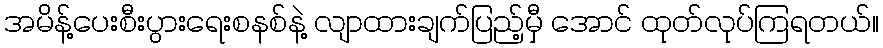
အမိန့်ပေးစီးပွားရေးစနစ်နဲ့ လျာထားချက်ပြည့်မှီ အောင် ထုတ်လုပ်ကြရတယ်။